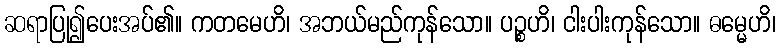
ဆရာပြု၍ပေးအပ်၏။ ကတမေဟိ၊ အဘယ်မည်ကုန်သော။ ပဉ္စဟိ၊ ငါးပါးကုန်သော။ ဓမ္မေဟိ၊